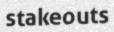
stakeouts